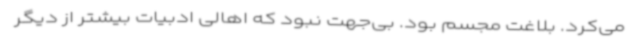
می‌کرد. بلاغت مجسم بود. بی‌جهت نبود که اهالی ادبیات بیشتر از دیگر